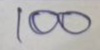
100